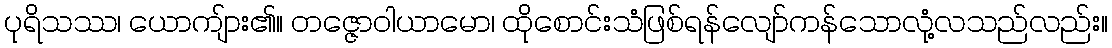
ပုရိသဿ၊ ယောကျ်ား၏။ တဇ္ဇောဝါယာမော၊ ထိုစောင်းသံဖြစ်ရန်လျော်ကန်သောလုံ့လသည်လည်း။